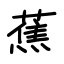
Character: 蕉